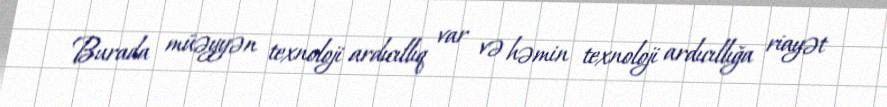
Burada müəyyən texnoloji ardıcıllıq var və həmin texnoloji ardıcıllığa riayət